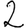
Digit: 2